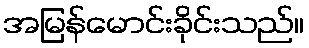
အမြန်မောင်းခိုင်းသည်။